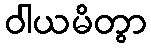
ဝါယမိတွာ